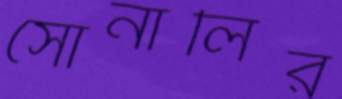
সোনালির